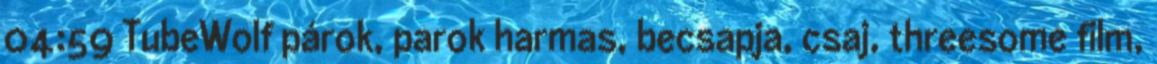
04:59 TubeWolf párok, parok harmas, becsapja, csaj, threesome film,